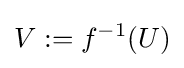
V:=f^{-1}(U)